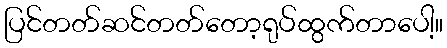
ပြင်တတ်ဆင်တတ်တော့ရုပ်ထွက်တာပေါ့။